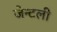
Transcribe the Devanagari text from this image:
जेन्टली